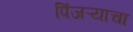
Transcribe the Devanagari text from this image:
पिंजऱ्याचा